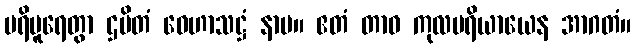
ပရိပူရေတွာ ဌပိတံ ဝေဟာသဋ္ဌံ နာမ။ ဧတံ တာဝ ကုလပရိယာယေန အာဂတံ။